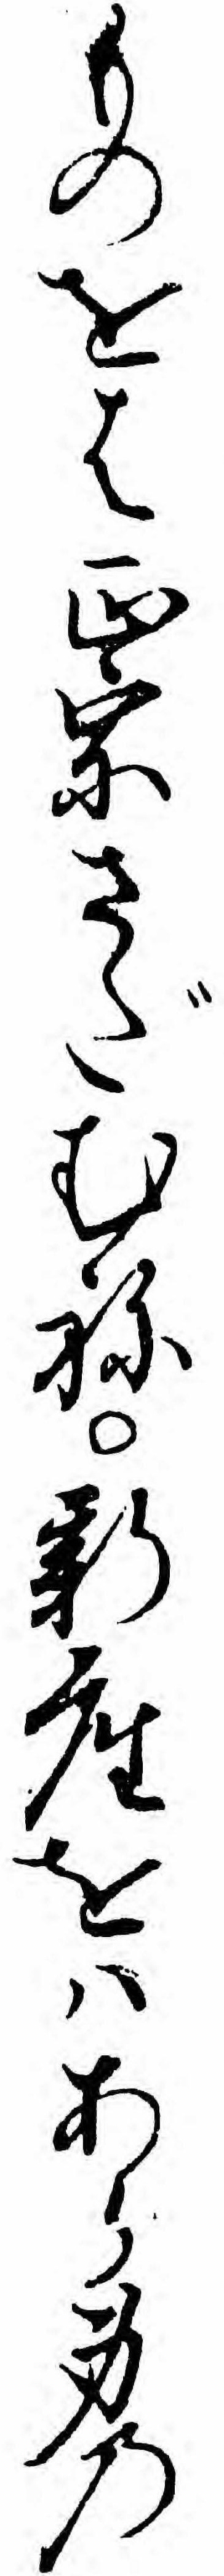
ものをは正宗さだむね新座をハあら身の